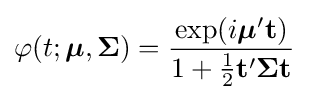
\varphi (t;{\boldsymbol {\mu }},{\boldsymbol {\Sigma }})={\frac {\exp(i{\boldsymbol {\mu }}'\mathbf {t} )}{1+{\tfrac {1}{2}}\mathbf {t} '{\boldsymbol {\Sigma }}\mathbf {t} }}